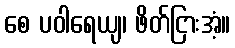
စေ ပဝါရေယျ၊ ဖိတ်ငြားအံ့။